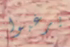
يرغبوا